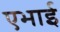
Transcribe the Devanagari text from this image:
एभाई